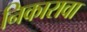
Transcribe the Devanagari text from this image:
निकारावा